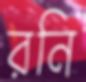
রনি